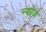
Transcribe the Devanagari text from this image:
न्योज़े